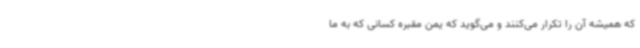
که همیشه آن را تکرار می‌کنند و می‌گوید که یمن مقبره کسانی که به ما